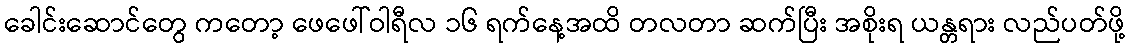
ခေါင်းဆောင်တွေ ကတော့ ဖေဖေါ်ဝါရီလ ၁၆ ရက်နေ့အထိ တလတာ ဆက်ပြီး အစိုးရ ယန္တရား လည်ပတ်ဖို့